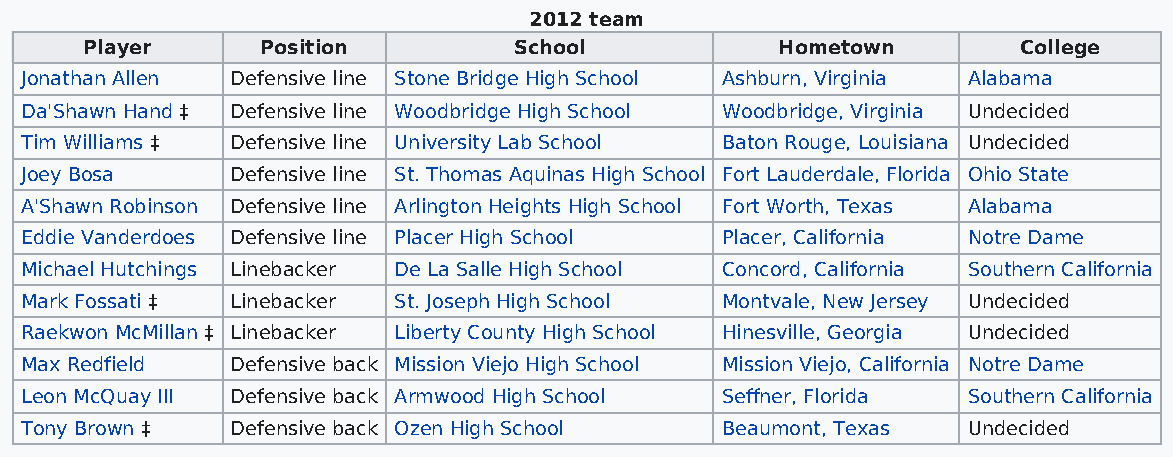
2012 team
 Player      Position         School            Hometown        College
 Jonathan Allen Defensive line Stone Bridge High School Ashburn, Virginia Alabama
 Da'Shawn Hand ‡ Defensive line Woodbridge High School Woodbridge, Virginia Undecided
 Tim Williams ‡ Defensive line University Lab School Baton Rouge, Louisiana Undecided
 Joey Bosa     Defensive line St. Thomas Aquinas High School Fort Lauderdale, Florida Ohio State
 A'Shawn Robinson Defensive line Arlington Heights High School Fort Worth, Texas Alabama
 Eddie Vanderdoes Defensive line Placer High School Placer, California Notre Dame
 Michael Hutchings Linebacker De La Salle High School Concord, California Southern California
 Mark Fossati ‡ Linebacker St. Joseph High School Montvale, New Jersey Undecided
 Raekwon McMillan ‡ Linebacker Liberty County High School Hinesville, Georgia Undecided
 Max Redfield  Defensive back Mission Viejo High School Mission Viejo, California Notre Dame
 Leon McQuay III Defensive back Armwood High School Seffner, Florida Southern California
 Tony Brown ‡  Defensive back Ozen High School  Beaumont, Texas Undecided